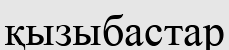
қызыбастар